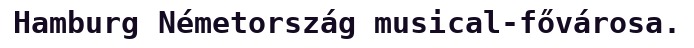
Hamburg Németország musical-fővárosa.